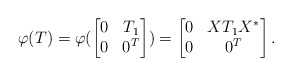
\begin{align*}\varphi(T)=\varphi(\begin{bmatrix}0 & T_1\\0 & 0^T\end{bmatrix})=\begin{bmatrix}0 & XT_1X^*\\0 & 0^T\end{bmatrix}.\end{align*}